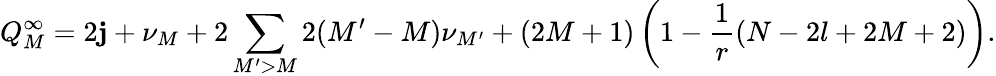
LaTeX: Q_{M}^{\infty}=2\mathbf{j}+\nu_{M}+2\sum_{M^{\prime}>M}2(M^{\prime}-M)\nu_{M^{\prime}}+(2M+1)\left(1-\frac{{1}}{{r}}(N-2l+2M+2)\right).